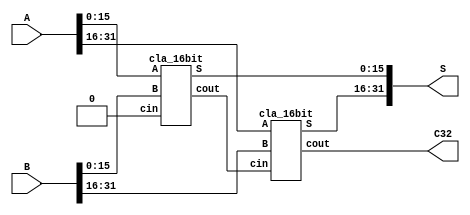
module adder_32bit(
    input [32:1] A,
    input [32:1] B,
    output [32:1] S,
    output C32
);

    wire C16; // Carry out from the lower 16-bit CLA block

    // Instantiate two 16-bit CLA blocks
    cla_16bit cla_lower(
        .A(A[16:1]),
        .B(B[16:1]),
        .cin(1'b0), // no carry-in for the least significant block
        .S(S[16:1]),
        .cout(C16)
    );

    cla_16bit cla_upper(
        .A(A[32:17]),
        .B(B[32:17]),
        .cin(C16), // carry-in is the carry-out from the lower 16-bit block
        .S(S[32:17]),
        .cout(C32)
    );

endmodule

// 16-bit CLA block
module cla_16bit(
    input [16:1] A,
    input [16:1] B,
    input cin,
    output [16:1] S,
    output cout
);

    wire [4:0] c; // intermediate carries between CLA blocks, c[0] is cin

    assign c[0] = cin;

    // Instantiate four 4-bit CLA blocks
    genvar i;
    generate
        for (i = 0; i < 4; i = i + 1) begin : cla_block
            cla_4bit cla_unit(
                .A(A[i*4+4:i*4+1]),
                .B(B[i*4+4:i*4+1]),
                .cin(c[i]),
                .S(S[i*4+4:i*4+1]),
                .cout(c[i+1])
            );
        end
    endgenerate

    assign cout = c[4]; // The carry-out of the last CLA block is the carry-out of the entire 16-bit block

endmodule

// 4-bit CLA block
module cla_4bit(
    input [4:1] A,
    input [4:1] B,
    input cin,
    output [4:1] S,
    output cout
);

    wire [4:1] g; // generate
    wire [4:1] p; // propagate
    wire [4:0] c; // carries, c[0] is cin

    // Generate and propagate terms
    assign g = A & B;
    assign p = A ^ B;

    // Calculate carries
    assign c[0] = cin;
    assign c[1] = g[1] | (p[1] & c[0]);
    assign c[2] = g[2] | (p[2] & c[1]);
    assign c[3] = g[3] | (p[3] & c[2]);
    assign c[4] = g[4] | (p[4] & c[3]);

    // Calculate the sum
    assign S = p ^ c[4:1];

    // Carry-out is the last carry bit
    assign cout = c[4];

endmodule